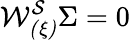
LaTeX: {\cal W_{(\xi)}^{S}}\Sigma=0